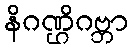
နိဂဏ္ဌိဂဗ္ဘာ